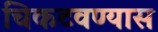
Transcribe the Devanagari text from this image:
चिकटवण्यास